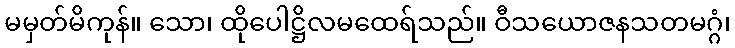
မမှတ်မိကုန်။ သော၊ ထိုပေါဋ္ဌိလမထေရ်သည်။ ဝီသယောဇနသတမဂ္ဂံ၊